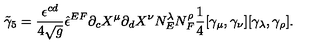
{ \tilde { \gamma } _ { 5 } } = { \frac { \epsilon ^ { c d } } { 4 \sqrt { g } } } { \hat { \epsilon } ^ { E F } } \partial _ { c } X ^ { \mu } \partial _ { d } X ^ { \nu } N _ { E } ^ { \lambda } N _ { F } ^ { \rho } \frac 1 4 [ \gamma _ { \mu } , \gamma _ { \nu } ] [ \gamma _ { \lambda } , \gamma _ { \rho } ] .